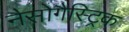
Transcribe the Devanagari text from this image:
नैसोगैस्ट्रिक